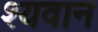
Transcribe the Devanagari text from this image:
श्यवान